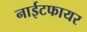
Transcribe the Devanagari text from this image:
नाईटफायर